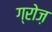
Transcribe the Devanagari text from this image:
ग्रोज़